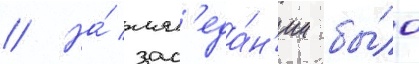
// На́ зас'еда́н'ии бы́ло